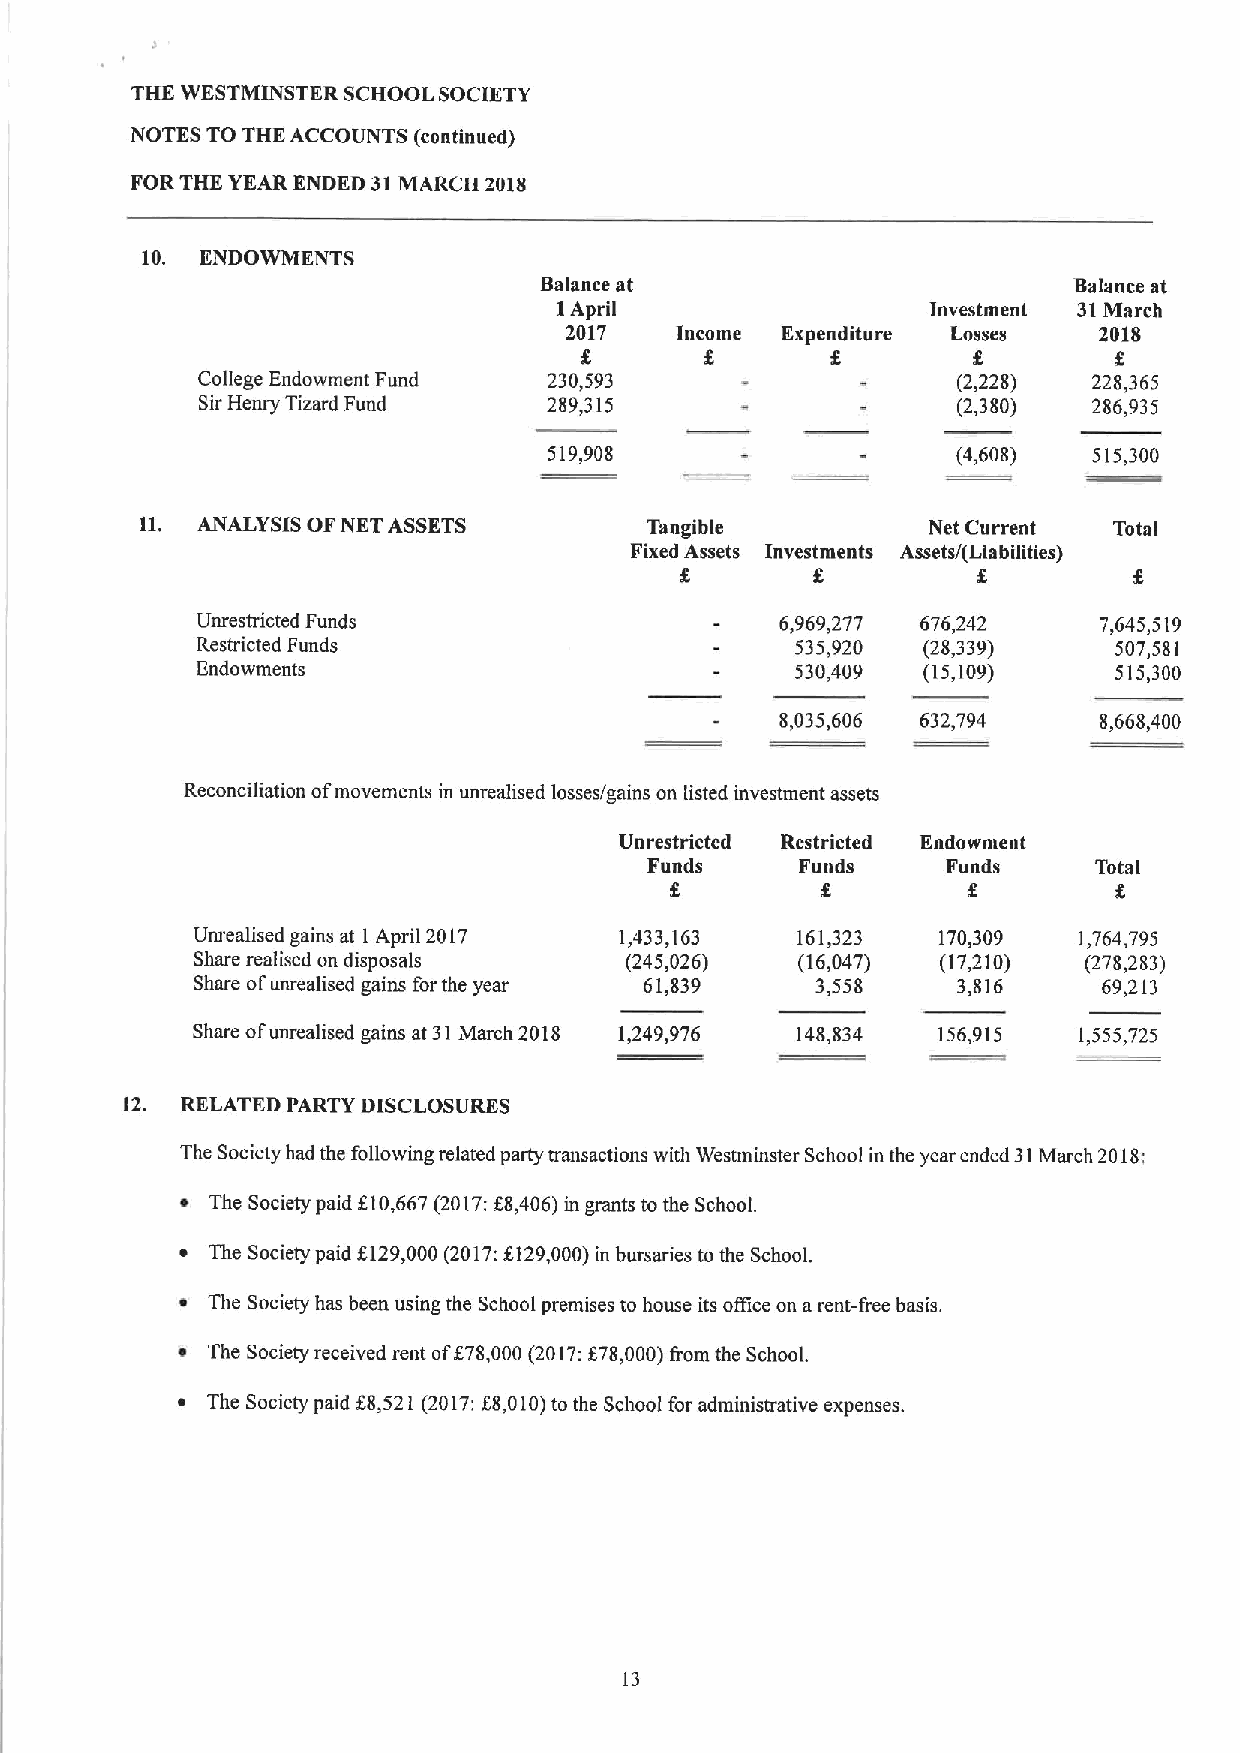
THE WESTMINSTER SCHOOL SOCIETY
 NOTES TO THE ACCOUNTS (continued)
 FOR THE YEAR ENDED 31MARCH Zil18
 10. ENDOWMENTS
 Balance at                         Balance at
 I April                  Investment 31March
 2017    Income Expenditure Losses   201$
 f
 College Endowment Fund 230,593                    (2,228)  228,365
 SirHenry Tizard Fund   289,315                    (2,380)  286,935
 519,908                    (4,608)  515,300
 11. ANALYSIS OFNET ASSETS         Tangible          Net Current  Total
 Fixed Assets Investments Assets/(Liabilities)
 Unrestricted Funds                     6,969,277 676,242    7,645,519
 Restricted Funds                        535,920 (28,339)     507,581
 Endowments                              530,409 (15,109)     515,300
 8,035,606 632,794    8,668,400
 Reconciliation ofmovements in unrealised losses/gains on listed investment assets
 Unrestricted Restricted Endowment
 Funds     Funds     Funds    Total
 f,
 Unrealised gains at 1April 2017 1,433,163 161,323 170,309 1,764,795
 Share realised on disposals (245,026)   (16,047) (17,210)  (278,283)
 Share ofunrealised gains forthe year 61,839 3,558 3,816     69,213
 Share ofunrealised gains at 31March 2018 1,249,976 148,834 156,915 1,555,725
 12. RELATED PARTY DISCLOSURES
 The Society had the following related party transactions with Westminster School in the year ended 31March 2018:
 ~ The Society paid 810,667(2017:68,406)in grants tothe SchooL
 ~ The Society paid 8129,000(2017:6129,000)in bursaries to the School.
 ~ The Society has been using the School premises to house its office on arent-I'ree basis.
 ~ The Society received rent of678,000(2017:f78,000)from the School.
 ~ The Society paid 88,521 (2017:88,010)to the School for administrative expenses.
 13